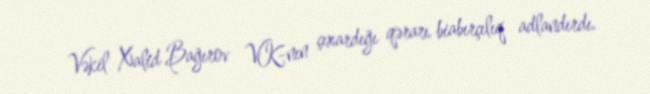
Vəkil Xalid Bağırov VK-nın çıxardığı qərarı biabırçılıq adlandırdı.